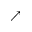
\nearrow